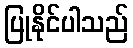
ပြုနိုင်ပါသည်